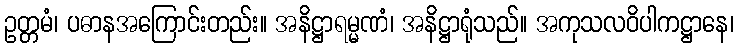
ဥတ္တမံ၊ ပဓာနအကြောင်းတည်း။ အနိဋ္ဌာရမ္မဏံ၊ အနိဋ္ဌာရုံသည်။ အကုသလဝိပါကဋ္ဌာနေ၊